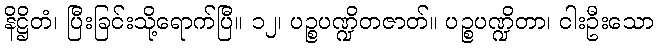
နိဋ္ဌိတံ၊ ပြီးခြင်းသို့ရောက်ပြီ။ ၁၂၊ ပဉ္စပဏ္ဍိတဇာတ်။ ပဉ္စပဏ္ဍိတာ၊ ငါးဦးသော